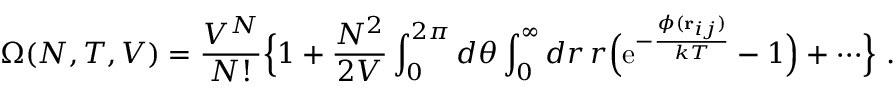
\Omega ( N , T , V ) = { \frac { V ^ { N } } { N ! } } \Bigl \{ 1 + { \frac { N ^ { 2 } } { 2 V } } \int _ { 0 } ^ { 2 \pi } d \theta \int _ { 0 } ^ { \infty } d r \, r \Bigl ( \mathrm { e } ^ { - { \frac { \phi ( { \bf r } _ { i j } ) } { k T } } } - 1 \Bigr ) + \cdots \Bigr \} \ .